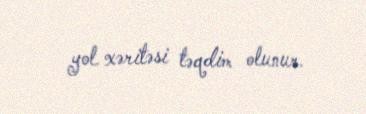
yol xəritəsi təqdim olunur.